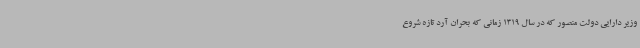
وزیر دارایی دولت منصور که در سال 1319 زمانی که بحران آرد تازه شروع